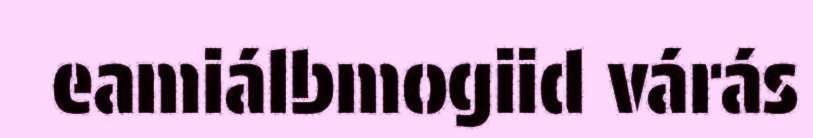
eamiálbmogiid várás